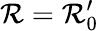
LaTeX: \mathcal{R}=\mathcal{R}_{0}^{\prime}